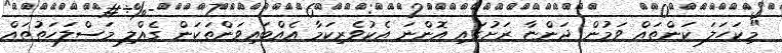
"މިކަހަލަ ކަންތައް ވަމުން ދަންޏާ ރަށުގައި އޮންނަ އެކުވެރިކަމާ އެއްބައިވަންތަކަން ގެއްލި މަސްލަހަތުތައް